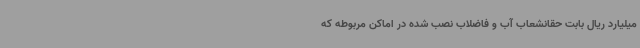
میلیارد ریال بابت حقانشعاب آب و فاضلاب نصب شده در اماکن مربوطه که